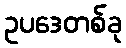
ဥပဒေတစ်ခု